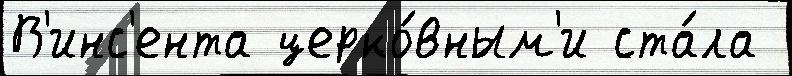
В'инс'ента церко́вным'и ста́ла